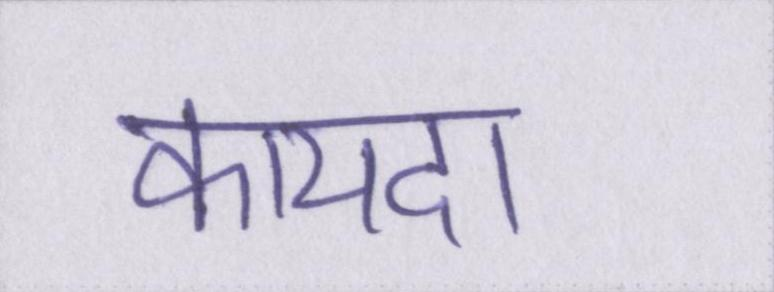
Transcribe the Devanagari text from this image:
कायदा